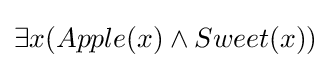
\exists x(Apple(x)\land Sweet(x))